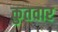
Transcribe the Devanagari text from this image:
कुतवार